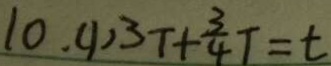
1 0 . ( 1 ) 3 T + \frac { 3 } { 4 } T = t